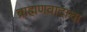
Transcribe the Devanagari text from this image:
ब्राह्मणवादाचा